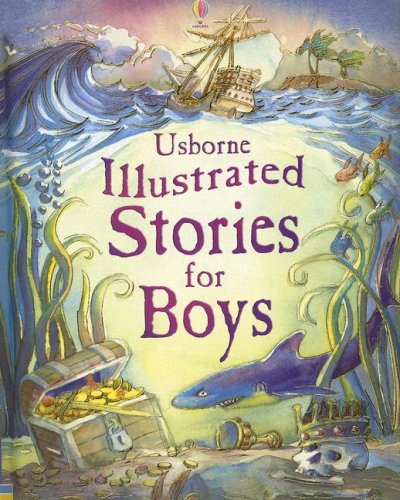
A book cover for Illustrated Stories for Boys; Children's Books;